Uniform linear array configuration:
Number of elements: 64
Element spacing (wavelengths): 0.75
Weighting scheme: hann
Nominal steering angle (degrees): -60
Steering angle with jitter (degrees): -58.281
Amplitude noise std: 0.05
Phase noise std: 0.05

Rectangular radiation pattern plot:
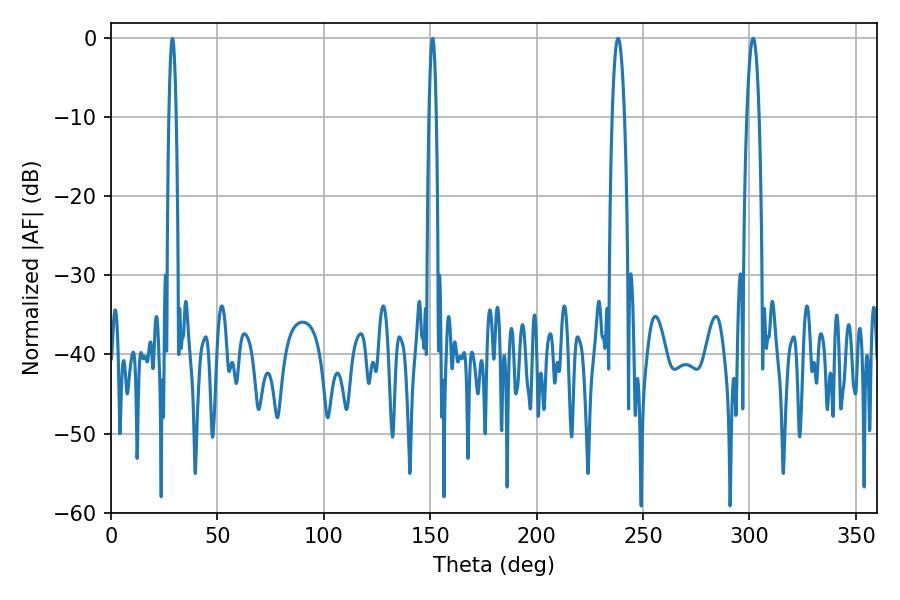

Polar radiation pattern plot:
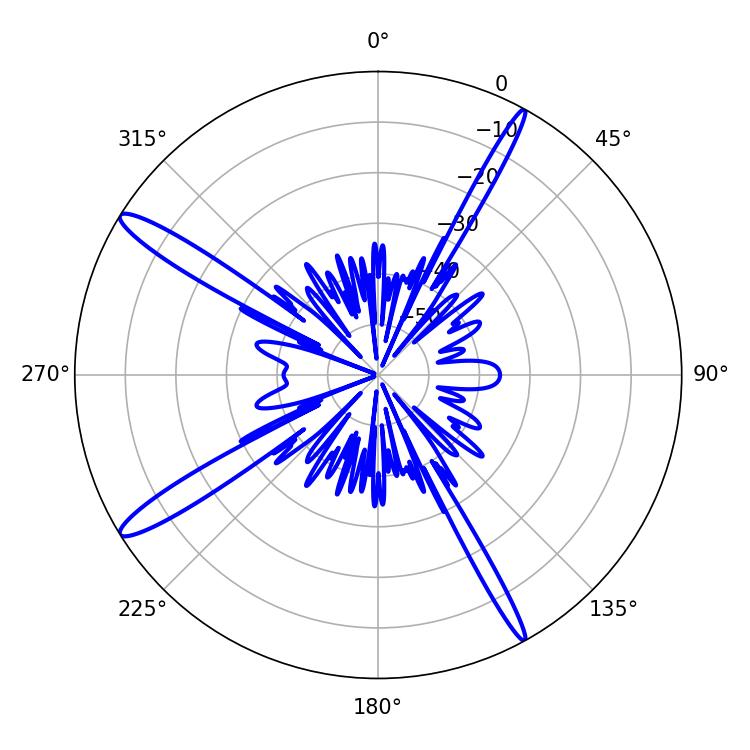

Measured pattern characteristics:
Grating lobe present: TRUE
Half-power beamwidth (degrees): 3.24
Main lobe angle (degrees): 301.68